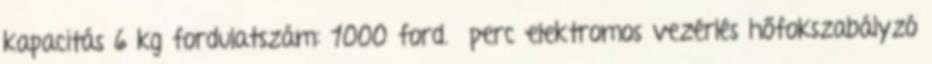
kapacitás 6 kg fordulatszám: 1000 ford. perc elektromos vezérlés hőfokszabályzó